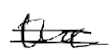
Text: the
Cross-out: double-line
Writing tool: digital_black